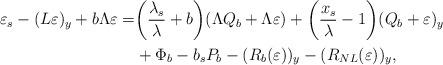
LaTeX: \begin{align*}\varepsilon_s-(L\varepsilon)_y+b\Lambda\varepsilon=&\bigg{(}\frac{\lambda_s}{\lambda}+b\bigg{)}(\Lambda Q_b+\Lambda\varepsilon)+\bigg{(}\frac{x_s}{\lambda}-1\bigg{)}(Q_b+\varepsilon)_y\\&+\Phi_b-b_sP_b-(R_b(\varepsilon))_y-(R_{NL}(\varepsilon))_y,\end{align*}